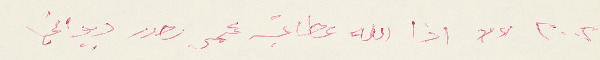
٢٠٠٢ اذا الله عطاني عمر يصدر ديواني